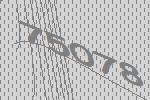
75078